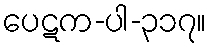
ပေဋက-ပါ-၃၁၇။